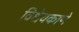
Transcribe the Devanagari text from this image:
विधेयकाणे